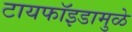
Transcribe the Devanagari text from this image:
टायफॉइडामुळे